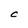
Character: C